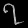
Digit: ၇